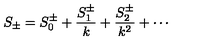
S _ { \pm } = S _ { 0 } ^ { \pm } + \frac { S _ { 1 } ^ { \pm } } { k } + \frac { S _ { 2 } ^ { \pm } } { k ^ { 2 } } + \cdots